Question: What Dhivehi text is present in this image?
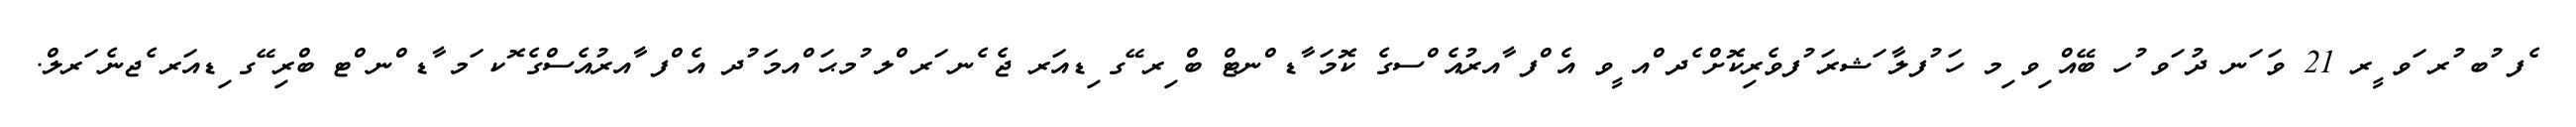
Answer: ެފ ުބ ުރ ަވ ީރ 21 ވަ ަނ ދު ަވ ުހ ބޭއް ިވ ިމ ހަ ުފލާ ަޝރަ ުފވެރިކޮށް ެދ ްއ ީވ އެ ްފ ާއރުއެ ްސގެ ކޮމަ ާޑ ްނޓް ބް ިރ ޭގ ިޑއަރ ޖެ ެނ ަރ ްލ ުމޙަ ްއމަ ުދ އެ ްފ ާއރުއެސްގެ ޮކ ަމ ާޑ ްނ ްޓ ބްރި ޭގ ިޑއަރ ެޖނެ ަރލް.